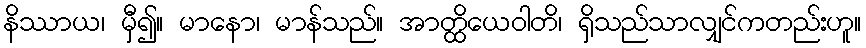
နိဿာယ၊ မှီ၍။ မာနော၊ မာန်သည်။ အာတ္ထိယေဝါတိ၊ ရှိသည်သာလျှင်ကတည်းဟူ။